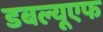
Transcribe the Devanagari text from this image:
डबल्यूएफ